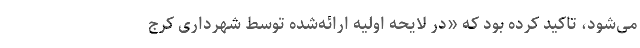
می‌شود، تاکید کرده بود که «در لایحه اولیه ارائه‌شده توسط شهرداری کرج